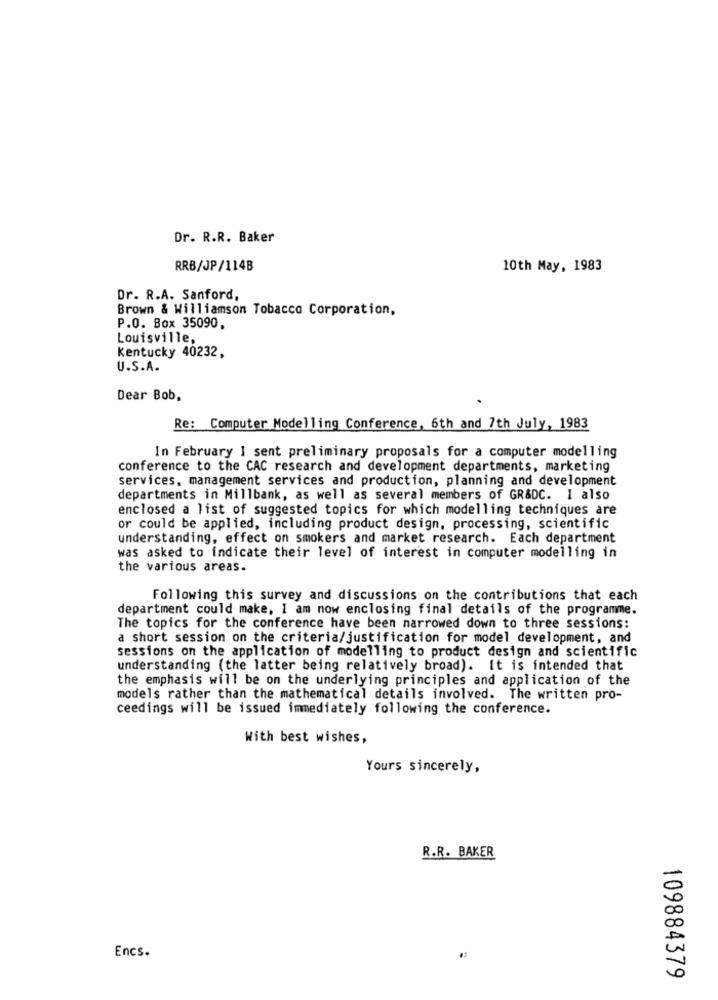
Dr. R.R. Baker
RRB/JP/114B
10th May, 1983
Dr. R.A. Sanford,
Brown & Williamson Tobacco Corporation,
P.O. Box 35090,
Louisville,
Kentucky 40232,
U.S.A.
Dear Bob,
Re: Computer Modelling Conference, 6th and 7th July, 1983
In February 1 sent preliminary proposals for a computer modelling
conference to the CAC research and development departments, marketing
services, management services and production, planning and development
departments in Millbank, as well as several members of GR&DC. I also
enclosed a list of suggested topics for which modelling techniques are
or could be applied, including product design, processing, scientific
understanding, effect on smokers and market research. Each department
was asked to indicate their level of interest in computer modelling in
the various areas.
Following this survey and discussions on the contributions that each
department could make, I am now enclosing final details of the programme.
The topics for the conference have been narrowed down to three sessions:
a short session on the criteria/justification for model development, and
sessions on the application of modelling to product design and scientific
understanding (the latter being relatively broad). It is intended that
the emphasis will be on the underlying principles and application of the
models rather than the mathematical details involved. The written pro-
ceedings will be issued immediately following the conference.
With best wishes,
Yours sincerely,
R.R. BAKER
Encs.
109884379